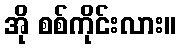
အို စစ်ကိုင်းလား။